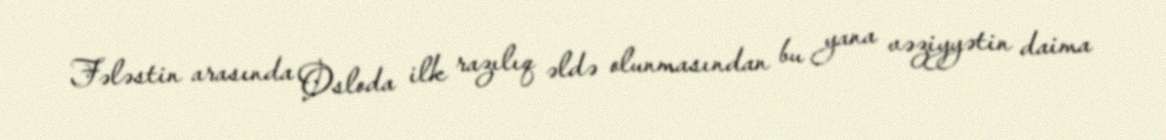
Fələstin arasında Osloda ilk razılıq əldə olunmasından bu yana vəziyyətin daima